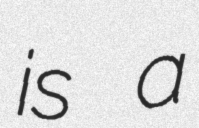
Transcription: is a